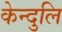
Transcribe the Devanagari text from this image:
केन्दुलि